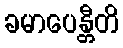
ခမာပေန္တီတိ